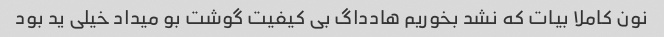
نون کاملا بیات که نشد بخوریم هادداگ بی کیفیت گوشت بو میداد خیلی ید بود